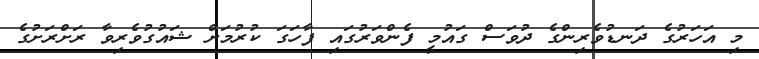
މި އަހަރުގެ ދަނޑުވެރިންގެ ދުވަސް ގައުމީ ފެންވަރުގައި ފާހަގަ ކުރުމަށް ޝައުގުވެރިވާ ރަށްރަށުގެ